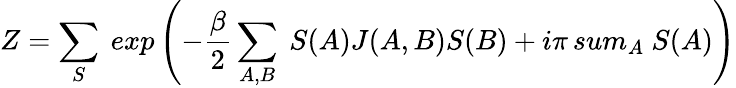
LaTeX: Z=\sum_{S}\ exp\left(-{\frac{\beta}{2}}\sum_{A,B}\ S(A)J(A,B)S(B)+i\pi\, sum_{A}\ S(A)\right)